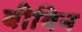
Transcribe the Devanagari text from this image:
बीविन